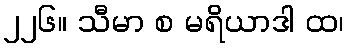
၂၂၆။ သီမာ စ မရိယာဒါ ထ၊